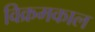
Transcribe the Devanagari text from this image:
विक्रमकाल